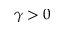
\gamma > 0